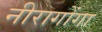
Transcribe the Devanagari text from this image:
नीरागोंगा